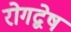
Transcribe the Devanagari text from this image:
रोगद्वेष